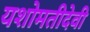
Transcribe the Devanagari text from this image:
यशोमतीदेवी